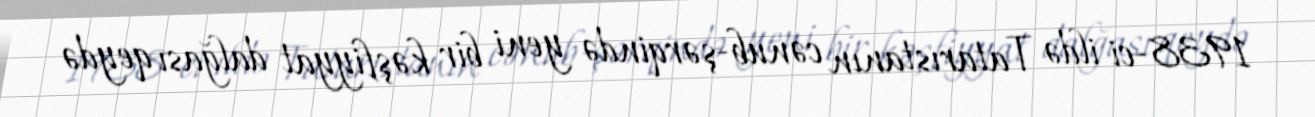
1938-ci ildə Tatarıstanın cənub-şərqində yeni bir kəşfiyyat dalğası qeydə